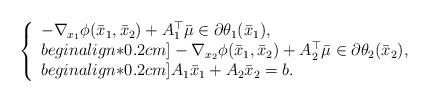
LaTeX: \begin{align*}\left\{\begin{array}{l}- \nabla_{x_1}\phi(\bar x_1, \bar x_2) + A_1^\top \bar \mu \in \partial \theta_1(\bar x_1), \\begin{align*}0.2cm]- \nabla_{x_2}\phi(\bar x_1, \bar x_2) + A_2^\top \bar \mu \in \partial \theta_2(\bar x_2), \\begin{align*}0.2cm]A_1\bar x_1 + A_2\bar x_2 =b.\end{array}\right.\end{align*}